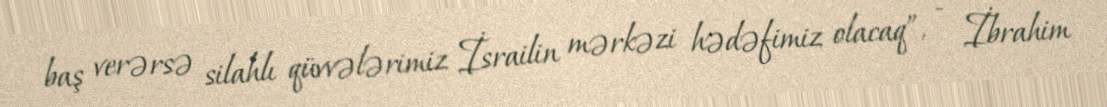
baş verərsə silahlı qüvvələrimiz İsrailin mərkəzi hədəfimiz olacaq”, - İbrahim